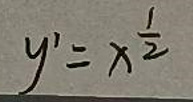
\[ y' = x^{\frac{1}{2}} \]